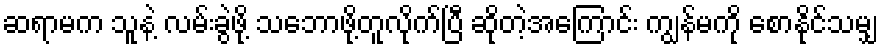
ဆရာမက သူနဲ့ လမ်းခွဲဖို့ သဘောဖို့တူလိုက်ပြီ ဆိုတဲ့အကြောင်း ကျွန်မကို စောနိုင်သမျှ